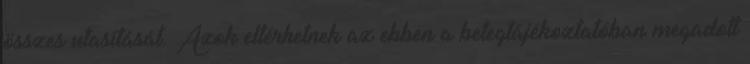
összes utasítását. Azok eltérhetnek az ebben a betegtájékoztatóban megadott